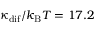
\kappa _ { \mathrm { d i f } } / k _ { \mathrm { B } } T = 1 7 . 2